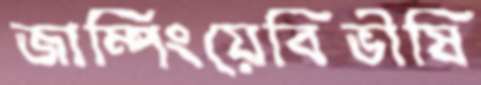
জাম্পিংয়েবিভীষি